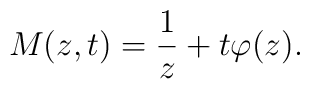
M(z,t)=\frac{1}{z}+t\varphi(z).